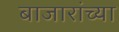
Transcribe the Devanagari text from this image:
बाजारांच्या